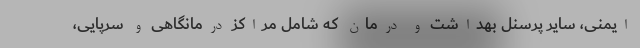
ایمنی، سایر پرسنل بهداشت و درمان که شامل مراکز درمانگاهی و سرپایی،